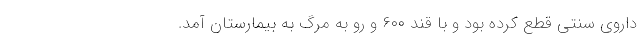
داروی سنتی قطع کرده بود و با قند ۶۰۰ و رو به مرگ به بیمارستان آمد.